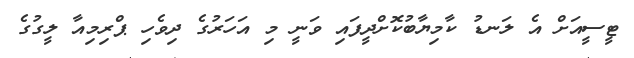
ޓީސީއަށް އެ ލަނޑު ކާމިޔާބުކޮށްދީފައި ވަނީ މި އަހަރުގެ ދިވެހި ޕްރިމިއާ ލީގުގެ